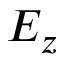
E _ { z }